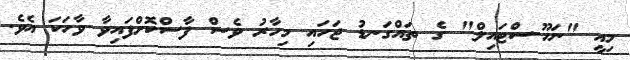
މިއީ "ނަހޫ-ސްޓައިލް" ގެ ތައްގަނޑު ޖަހައި މިހާރު ވެސް ފާސްކޮށްފައިވާ ވާހަކަ އެވެ.